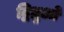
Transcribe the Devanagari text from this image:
द्विध्रुओं